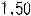
1.50